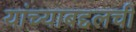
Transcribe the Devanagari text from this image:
यांच्याबद्दलची